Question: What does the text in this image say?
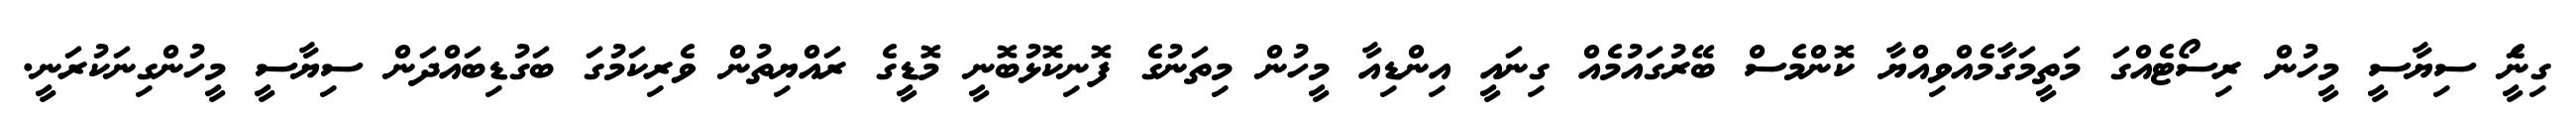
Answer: ގިނަެީ ސިޔާސީ މީހުން ރިސޯޓެއްގަ މަތީމަގާމެއްވިއްޔާ ކޮންމެސް ބޭރުގައުމެއް ގިނައީ އިންޑިއާ މީހުން މިތަނުގެ ފޮނިކޮޅުބޮނީ މޮޑީގެ ރައްޔިތުން ވެރިކަމުގަ ބަގުޑިބައްދަން ސިޔާސީ މީހުންގިނަކުރަނީ.